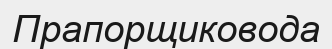
Прапорщиковода